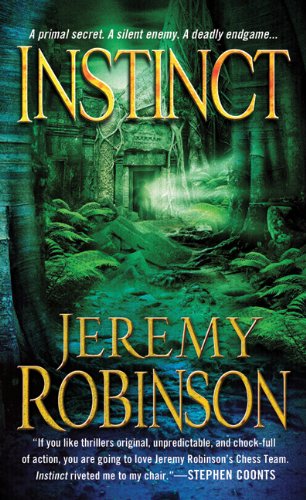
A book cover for Instinct (A Jack Sigler Thriller); Jeremy Robinson; Science Fiction & Fantasy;